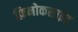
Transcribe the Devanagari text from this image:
फ़िनोकसाइड